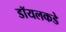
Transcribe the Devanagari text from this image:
डॉयलकडे